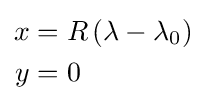
{\begin{aligned}x&=R\left(\lambda -\lambda _{0}\right)\\y&=0\end{aligned}}